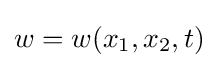
w=w(x_{1},x_{2},t)